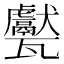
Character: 𱰕